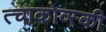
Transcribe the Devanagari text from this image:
त्चाकोव्स्की